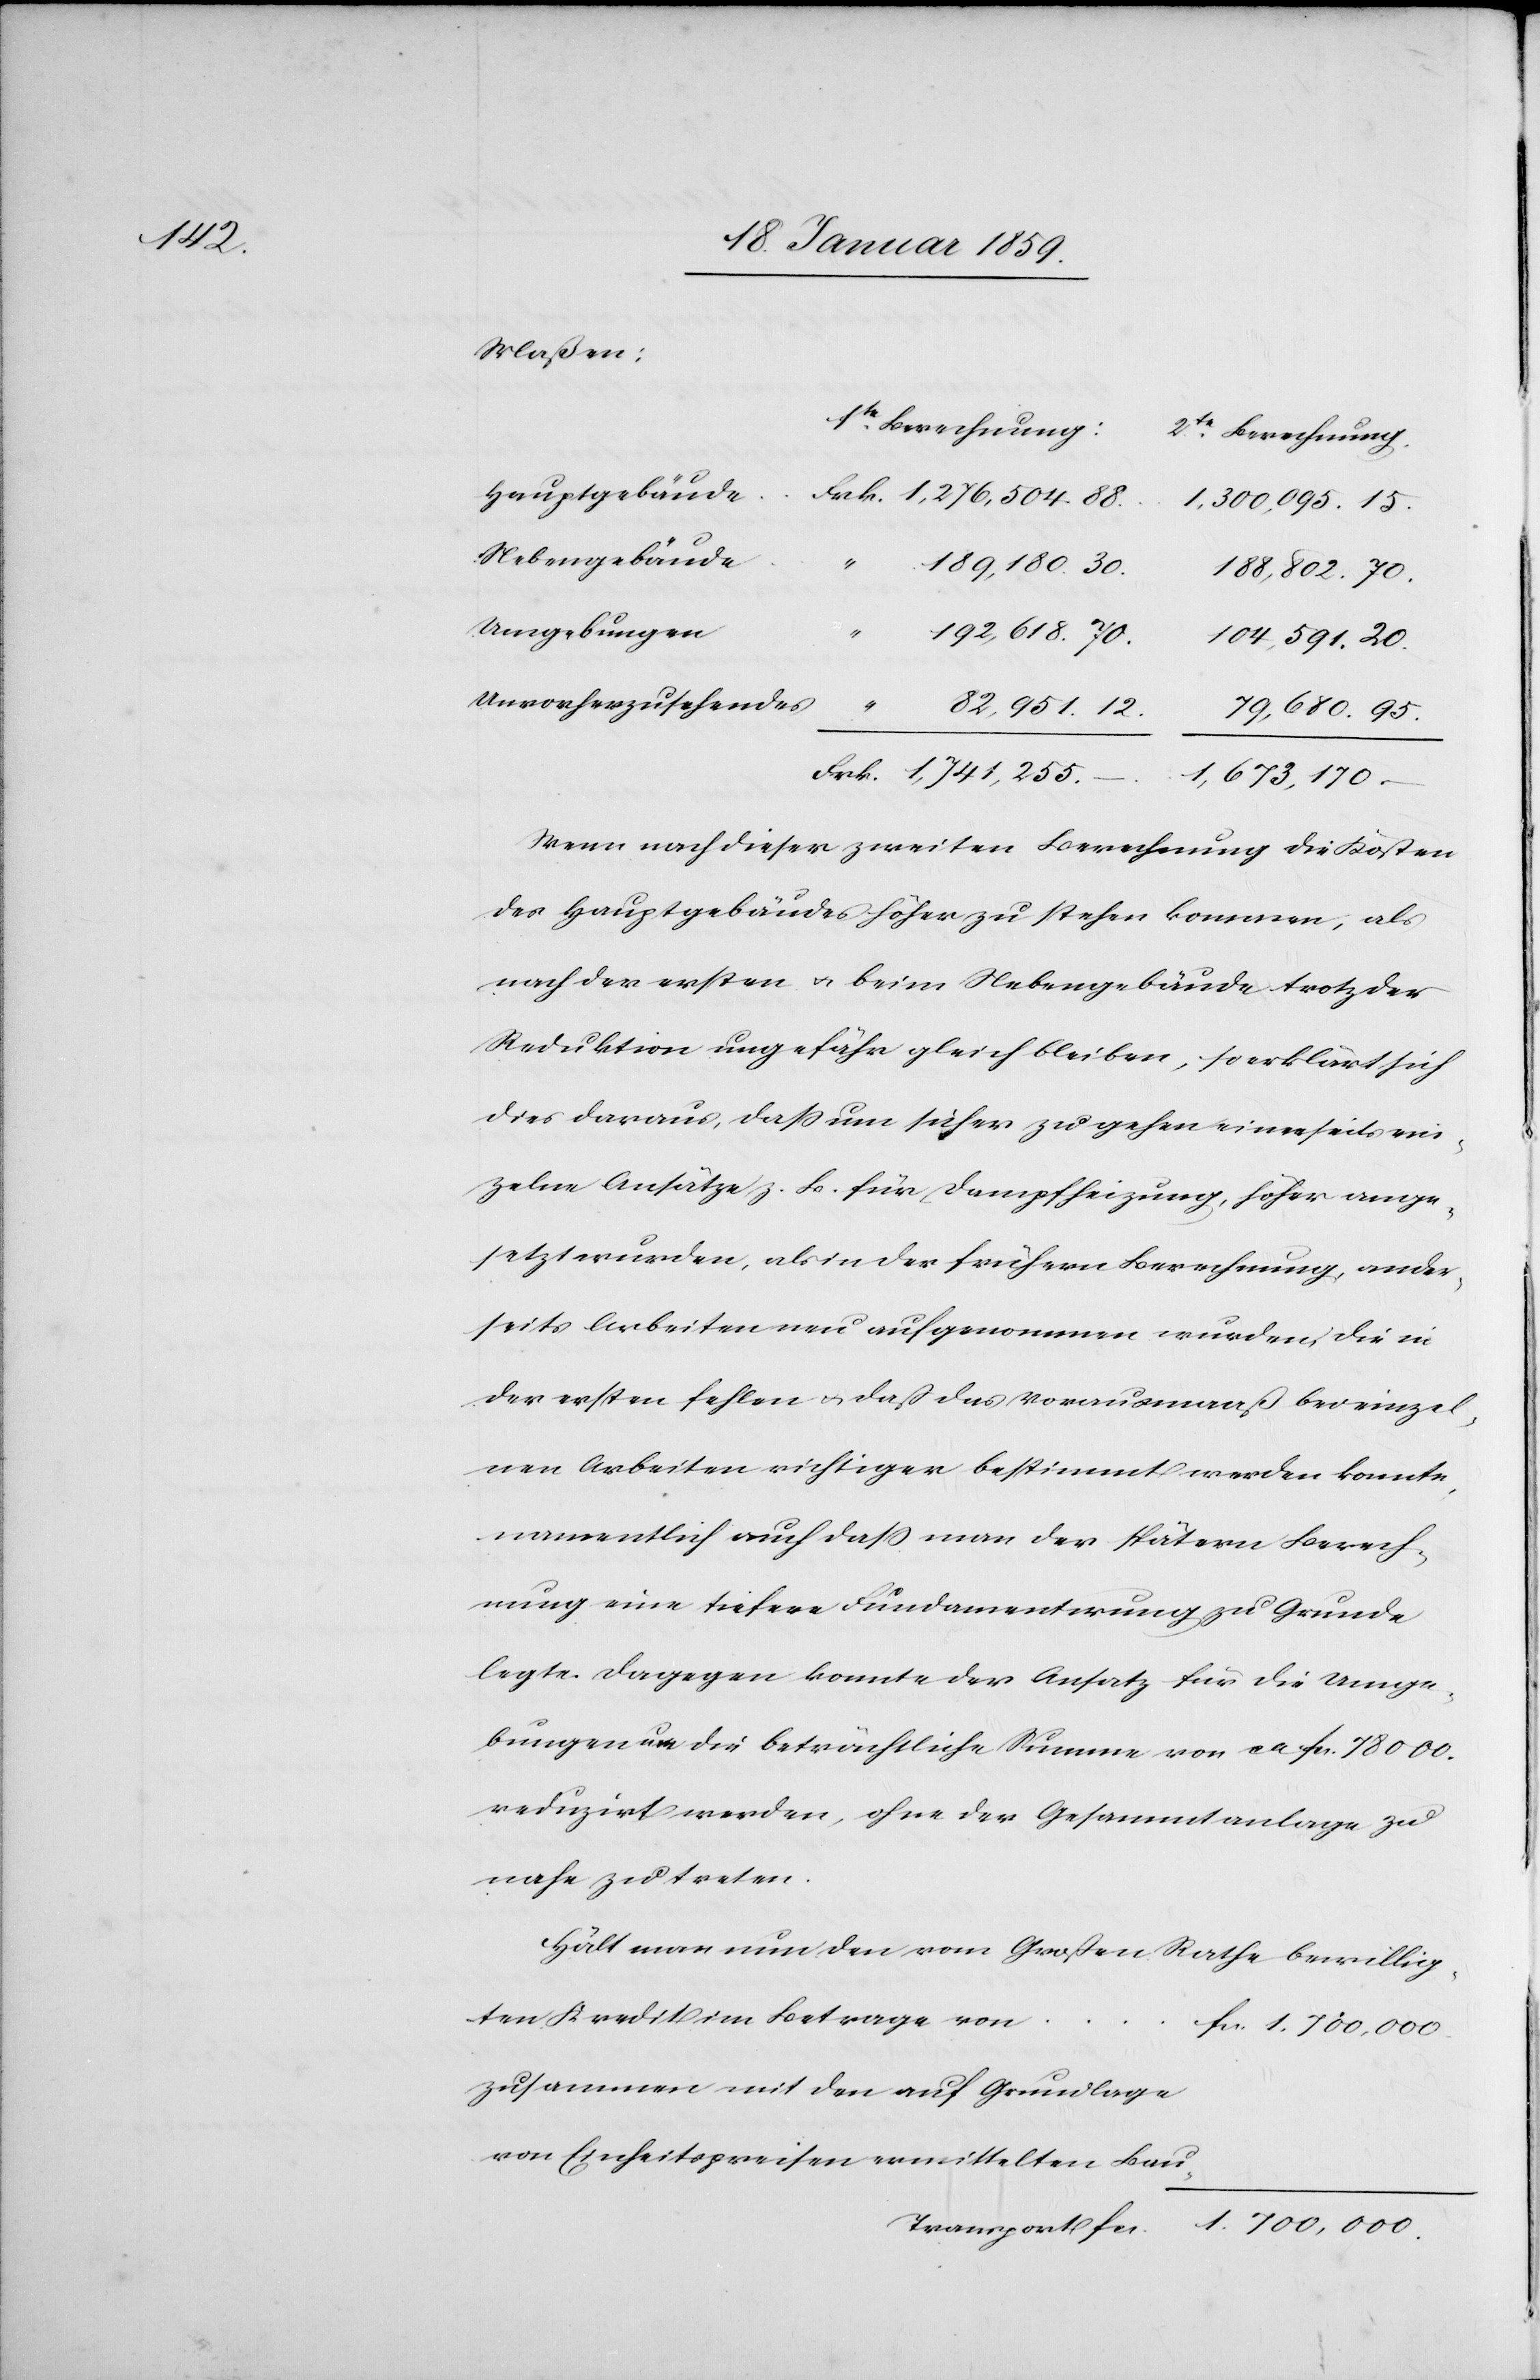
Maßen:
1te. Berechnung:
2te. Berechnung:
Hauptgebäude
Frk. 1,276,504.88.
1,300,095.15.
Nebengebäude
189,180.30.
188,802.70.
Umgebungen
Unvorherzusehendes
82,951.12.
79,680.95.
Frk. 1,741,255.---.
Wenn nach dieser zweiten Berechnung die Kosten
des Hauptgebäudes höher zu stehen kommen, als
nach der ersten u. beim Nebengebäude trotz der
Reduktion ungefähr gleich bleiben, so erklärt sich
dies daraus, daß um sicher zu gehen einerseits ein¬
zelne Ansätze z. B. für Dampfheizungen, höher ange¬
setzt wurden, als in der frühern Berechnung, ander¬
seits Arbeiten neu aufgenommen wurden, die in
der ersten fehlen u. daß das Vorausmaaß bei einzel¬
nen Arbeiten richtiger bestimmt werden konnte,
namentlich auch daß man der spätern Berech¬
nung eine tiefere Fundamentirung zu Grunde
legte. Dagegen konnte der Ansatz für die Umge¬
bungen um die beträchtliche Summe von ca. fn. 78000.
reduzirt werden, ohne der Gesammtanlage zu
nahe zu treten.
Hält man nun den vom Großen Rathe bewillig¬
ten Kredit im Betrage von
zusammen mit den auf Grundlage
Einheitspreisen ermittelten Bau-
1.700,000.